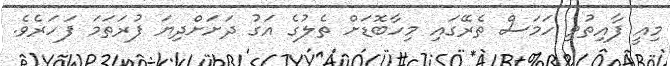
މިއީ ފާއިތުވި ހަމަސް ތެރޭގައި މިހާބޮޑަށް ތެލުގެ އަގު ދަށަށްދިޔަ ފުރަތަމަ ފަހަރެވެ.